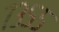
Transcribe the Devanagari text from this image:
७३५५